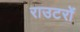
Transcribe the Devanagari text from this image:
राउटरों